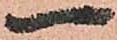
一